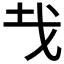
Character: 𢦏